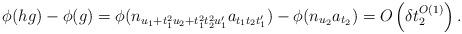
LaTeX: \begin{align*} \phi(hg) - \phi(g) = \phi(n_{u_1 + t_1^2 u_2 + t_1^2t_2^2 u_1'}a_{t_1t_2t_1'}) - \phi(n_{u_2}a_{t_2}) = O\left(\delta t_2^{O(1)}\right).\end{align*}